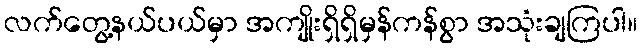
လက်တွေ့နယ်ပယ်မှာ အကျိုးရှိရှိမှန်ကန်စွာ အသုံးချကြပါ။